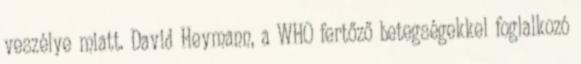
veszélye miatt. David Heymann, a WHO fertőző betegségekkel foglalkozó